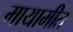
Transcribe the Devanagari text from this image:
मायामीत